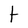
Character: t